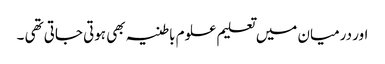
اور درمیان میں تعلیم علوم باطنیہ بھی ہوتی جاتی تھی ۔